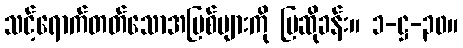
သင့်ရောက်တတ်သောအပြစ်များကို ပြဆိုခန်း။ ၁-ဋ္ဌ-၃၀။